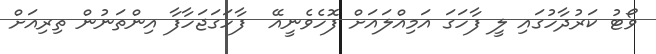
ވޯޓު ކަރުދާހުގައި ލީ ފާހަގަ އަމިއްލައަށް ފޮހެވެނީއޭ  ފާހަގަޖަހާފާ އިންތަނުން ތިރިއަށް